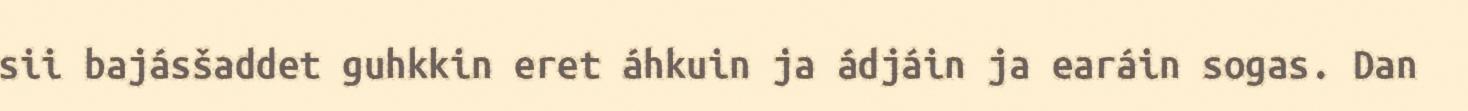
sii bajásšaddet guhkkin eret áhkuin ja ádjáin ja earáin sogas. Dan